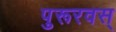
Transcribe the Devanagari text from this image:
पुरूरवस्